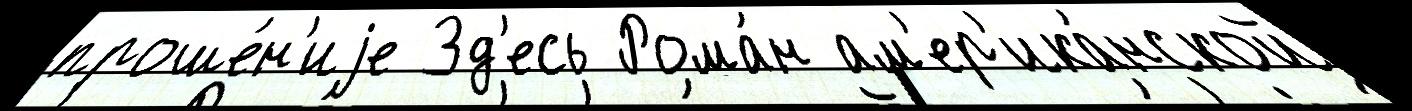
проше́н'иjе Зд'есь Рома́н ам'ер'ика́нской